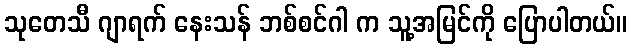
သုတေသီ ဂျာရက် နေးသန် ဘစ်စင်ဂါ က သူ့အမြင်ကို ပြောပါတယ်။